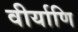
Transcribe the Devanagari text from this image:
वीर्याणि